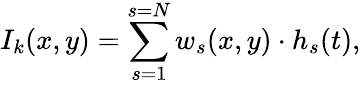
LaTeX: I_{k}(x,y)=\sum_{s=1}^{s=N}w_{s}(x,y)\cdot h_{s}(t),